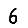
Digit: 6